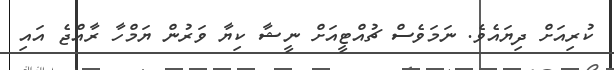
ކުރިއަށް ދިޔައެވެ. ނަމަވެސް ޗުއްޓީއަށް ނީޝާ ކިޔާ ވަރުން ޔަމްހާ ރާއްޖެ އައި